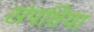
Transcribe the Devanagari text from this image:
संपत्तिया